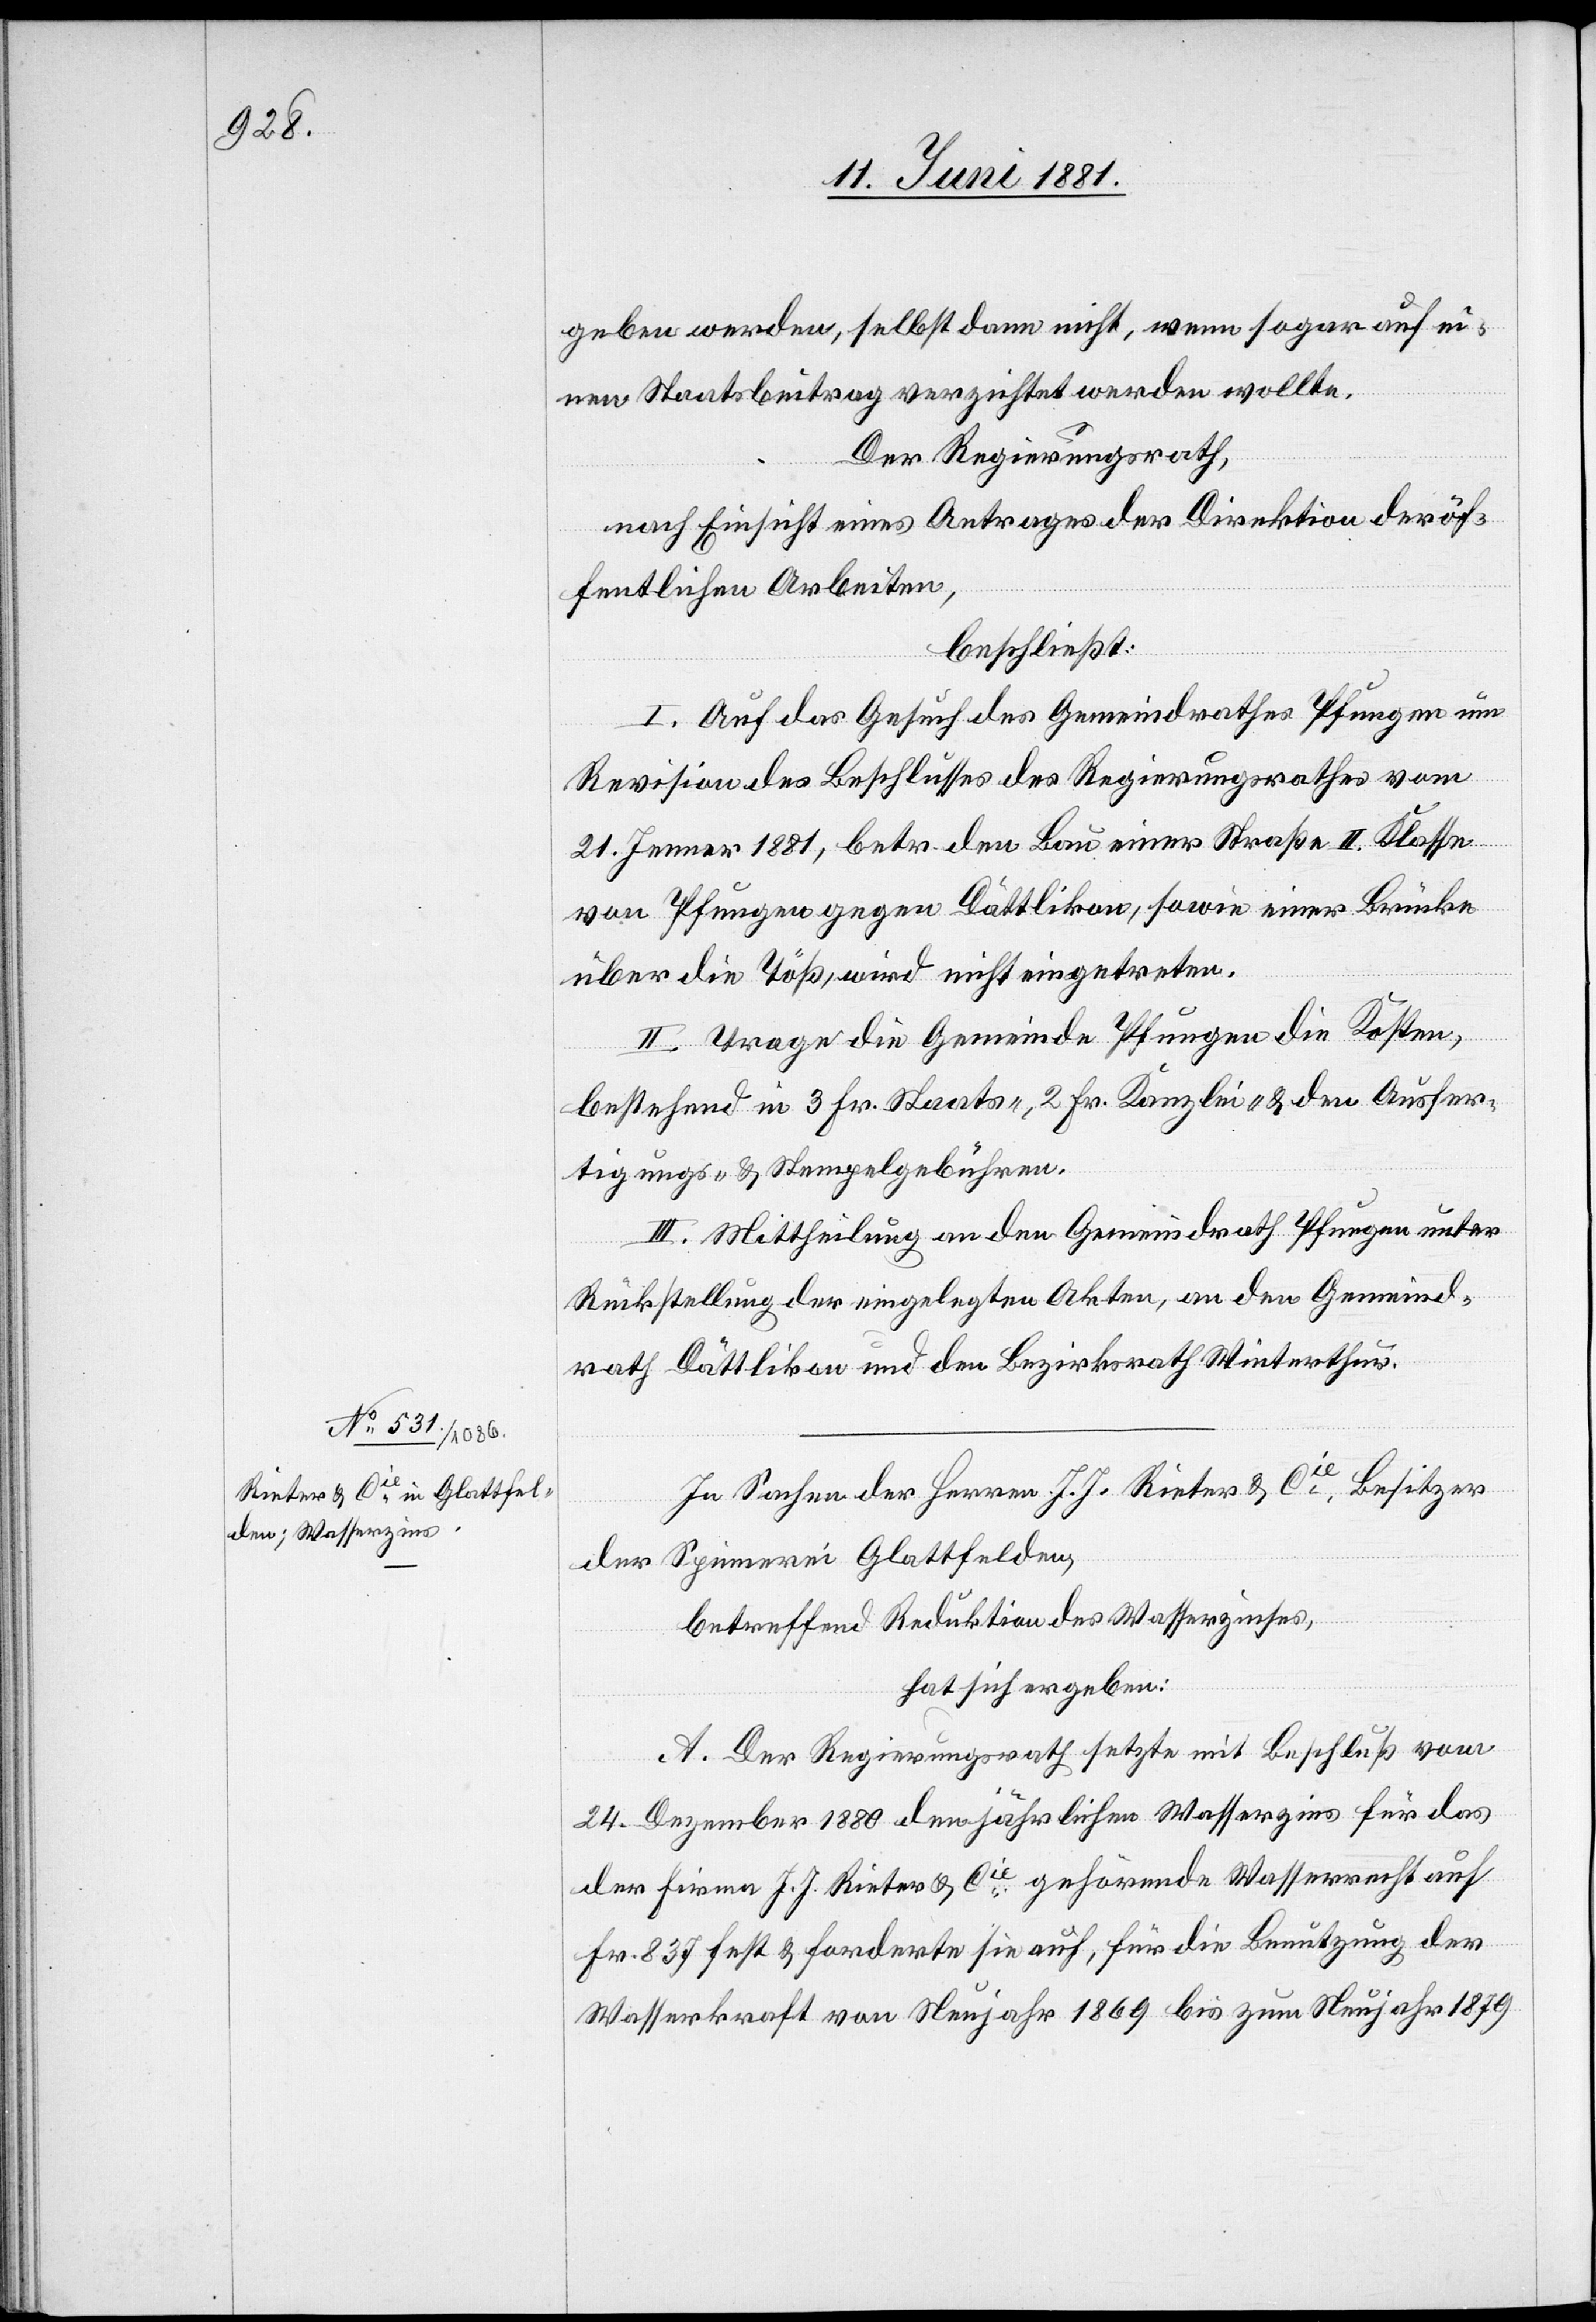
geben werden, selbst dann nicht, wenn sogar auf ei¬
nen Staatsbeitrag verzichtet werden wollte.
Der Regierungsrath,
nach Einsicht eines Antrages der Direktion der öf¬
fentlichen Arbeiten,
beschließt:
I. Auf das Gesuch des Gemeindrathes Pfungen um
Revision des Beschlusses des Regierungsrathes vom
21. Jenner 1881, betr. den Bau einer Straße II. Klasse
von Pfungen gegen Dättlikon, sowie einer Brücke
über die Töß, wird nicht eingetreten.
II. Trage die Gemeinde Pfungen die Kosten
bestehend in 3 Fr. Staats-, 2 Fr. Kanzlei- & den Ausfer¬
tigungs- & Stempelgebühren.
III. Mittheilung an den Gemeindrath Pfungen unter
Rückstellung der eingelegten Akten, an den Gemeind¬
rath Dättlikon und den Bezirksrath Winterthur.
In Sachen der Herren J. J. Rieter & Cie, Besitzer
der Spinnerei Glattfelden,
betreffend Reduktion des Wasserzinses,
hat sich ergeben:
A. Der Regierungsrath setzte mit Beschluß vom
24. Dezember 1880 den jährlichen Wasserzins für das
der Firma J. J. Rieter & Cie gehörende Wasserrecht auf
Fr. 837 fest & forderte sie auf, für die Benutzung der
Wasserkraft von Neujahr 1869 bis zum Neujahr 1879